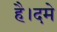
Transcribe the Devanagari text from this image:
है।दमे